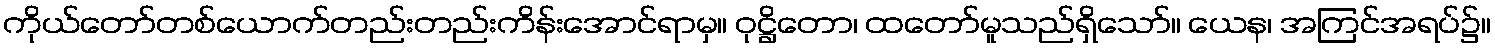
ကိုယ်တော်တစ်ယောက်တည်းတည်းကိန်းအောင်ရာမှ။ ဝုဋ္ဌိတော၊ ထတော်မူသည်ရှိသော်။ ယေန၊ အကြင်အရပ်၌။